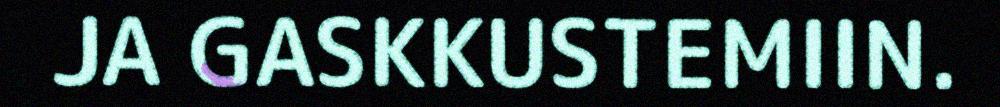
JA GASKKUSTEMIIN.